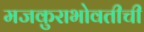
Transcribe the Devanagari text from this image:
मजकुराभोवतीची